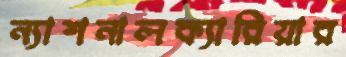
ন্যাশনালক্যারিয়ার